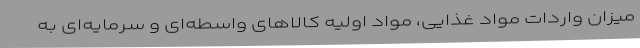
میزان واردات مواد غذایی، مواد اولیه کالاهای واسطه‌ای و سرمایه‌ای به